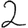
Digit: 2